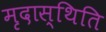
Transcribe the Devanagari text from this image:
मृदास्थिति